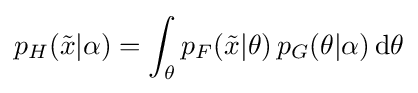
p_{H}({\tilde {x}}|\alpha )=\int _{\theta }p_{F}({\tilde {x}}|\theta )\,p_{G}(\theta |\alpha )\operatorname {d} \!\theta